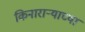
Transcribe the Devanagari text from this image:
किनाराऱ्याच्या